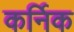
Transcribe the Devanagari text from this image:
कर्निक